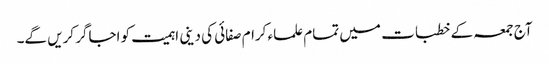
آج جمعہ کے خطبات میں تمام علماء کرام صفائی کی دینی اہمیت کو اجاگر کریں گے۔